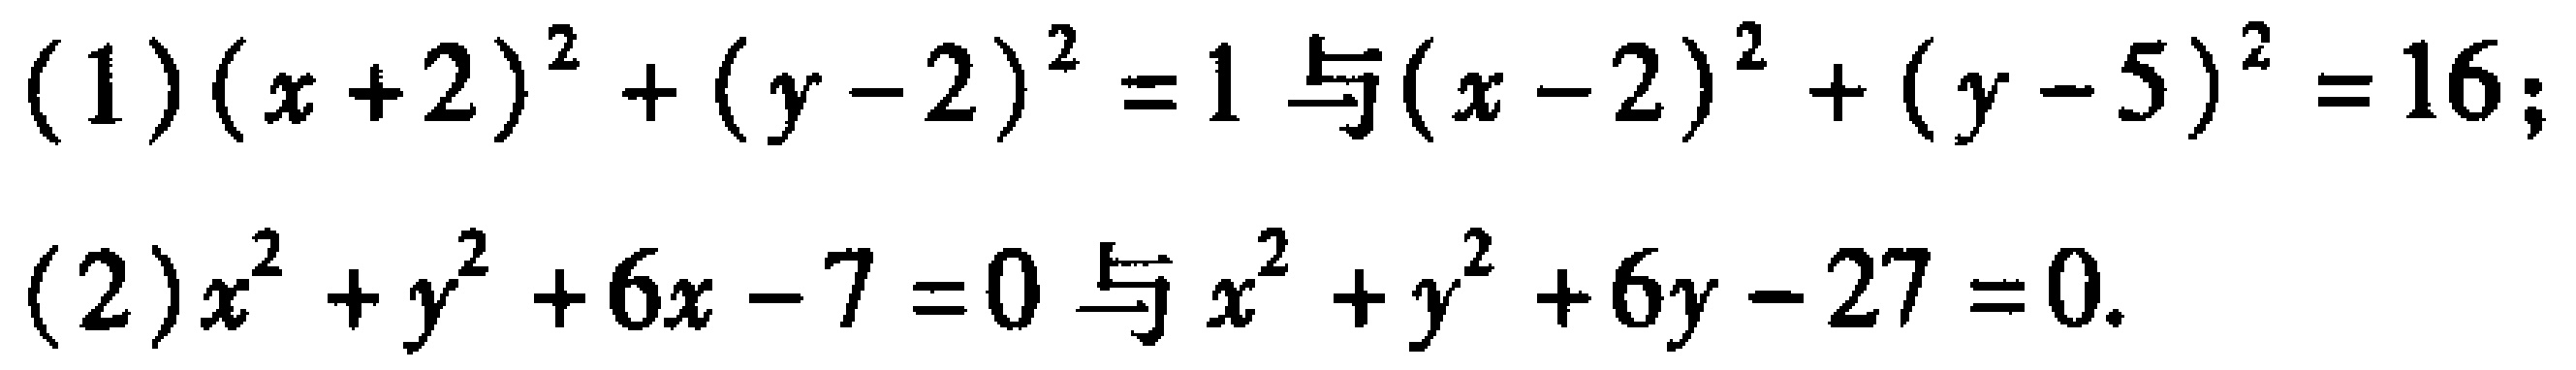
(1)$(x + 2)^{2}+(y - 2)^{2}=1$与$(x - 2)^{2}+(y - 5)^{2}=16$；
(2)$x^{2}+y^{2}+6x - 7 = 0$与$x^{2}+y^{2}+6y - 27 = 0$